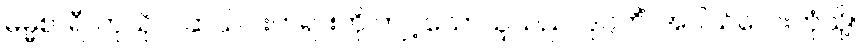
ဓမ္မစာရီ၊ ကုသိုလ်ဆယ်ပါးတရားကို ကျင့်သောသူသည်။ ဒုဂ္ဂတိံ၊ အပါယ်လေးဘုံသို့။